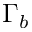
\Gamma _ { b }